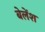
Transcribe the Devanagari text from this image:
बेलेंश